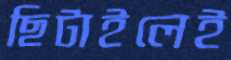
ছিটাইলেই